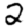
Digit: 2